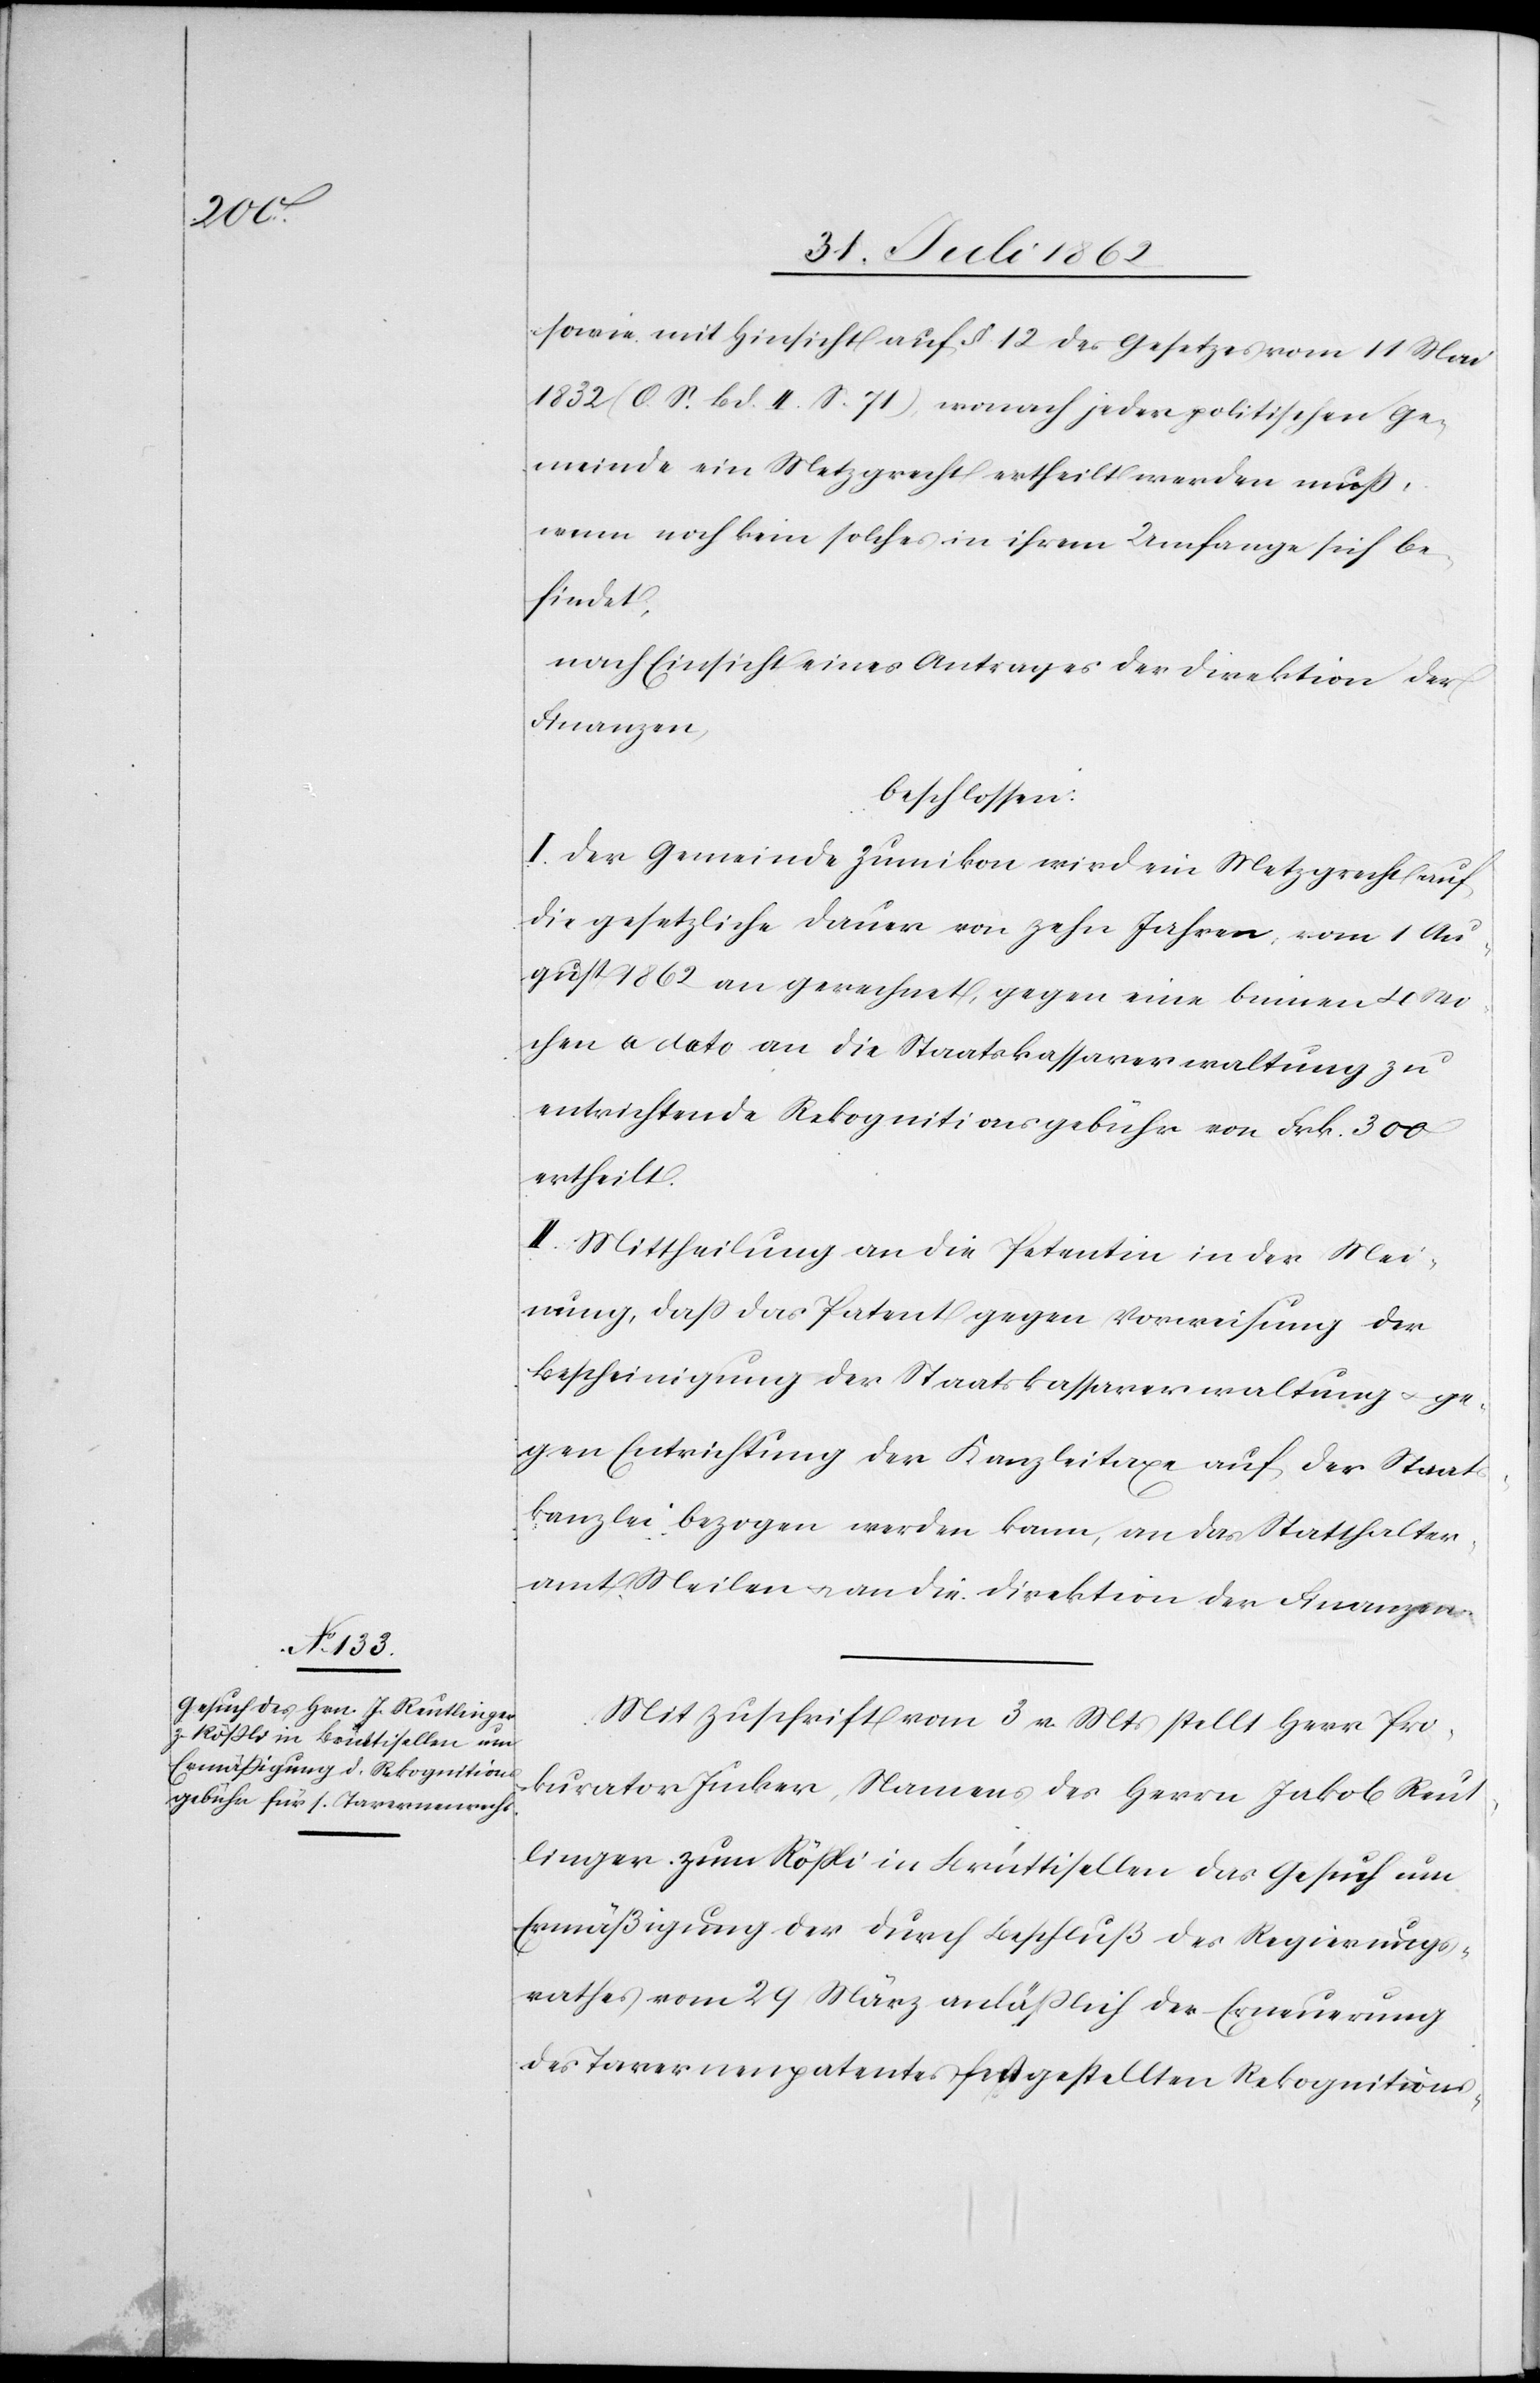
sowie mit Hinsicht auf §. 12 des Gesetzes vom 11. Mai
1832 (O. S. Bd. II. S. 71), wonach jeder politischen Ge¬
meinde ein Metzgrecht ertheilt werden muß,
wenn noch kein solches in ihrem Umfange sich be¬
findet,
nach Einsicht eines Antrages der Direktion der
Finanzen,
beschlossen:
I. Der Gemeinde Zumikon wird ein Metzgrecht auf
die gesetzliche Dauer von zehn Jahren, vom 1. Au¬
gust 1862 an gerechnet, gegen eine binnen 4 Wo¬
chen a dato an die Staatskassaverwaltung zu
entrichtende Rekognitionsgebühr von Frk. 300
ertheilt.
II. Mittheilung an die Petentin in der Mei¬
nung, daß das Patent gegen Vorweisung der
Bescheinigung der Staatskassaverwaltung u. ge¬
gen Entrichtung der Kanzleitaxe auf der Staats¬
kanzlei bezogen werden kann, an das Statthalter¬
amt Meilen u. an die Direktion der Finanzen.
Mit Zuschrift vom 3. v. Mts. stellt Herr Pro¬
kurator Jucker, Namens des Herrn Jakob Reut¬
linger zum Rößli in Brüttisellen das Gesuch um
Ermäßigung der durch Beschluß des Regierungs¬
rathes vom 29. März anläßlich der Erneuerung
des Tavernenpatentes festgestellten Rekognitions-